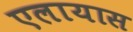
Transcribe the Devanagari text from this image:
एलायास